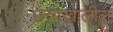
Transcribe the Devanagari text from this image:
छत्राखालील